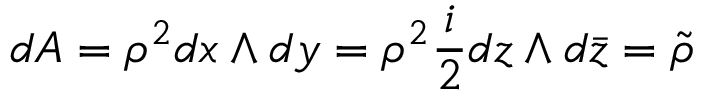
d A = \rho ^ { 2 } d x \wedge d y = \rho ^ { 2 } \frac { i } { 2 } d z \wedge d \bar { z } = \tilde { \rho }